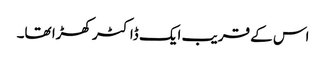
اس کے قریب ایک ڈاکٹر کھڑا تھا۔